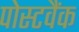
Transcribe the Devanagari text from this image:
पोस्टवैंक